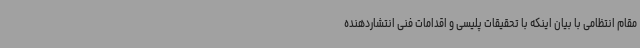
مقام انتظامی با بیان اینکه با تحقیقات پلیسی و اقدامات فنی انتشاردهنده